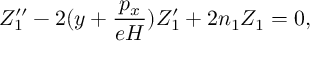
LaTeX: Z _ { 1 } ^ { \prime \prime } - 2 ( y + \frac { p _ { x } } { e H } ) Z _ { 1 } ^ { \prime } + 2 n _ { 1 } Z _ { 1 } = 0 ,